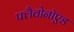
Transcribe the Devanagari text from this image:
फ्लैवोनॉएड